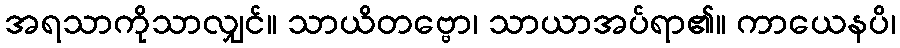
အရသာကိုသာလျှင်။ သာယိတဗ္ဗော၊ သာယာအပ်ရာ၏။ ကာယေနပိ၊